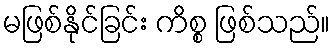
မဖြစ်နိုင်ခြင်း ကိစ္စ ဖြစ်သည်။